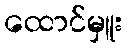
ထောင်မှူး